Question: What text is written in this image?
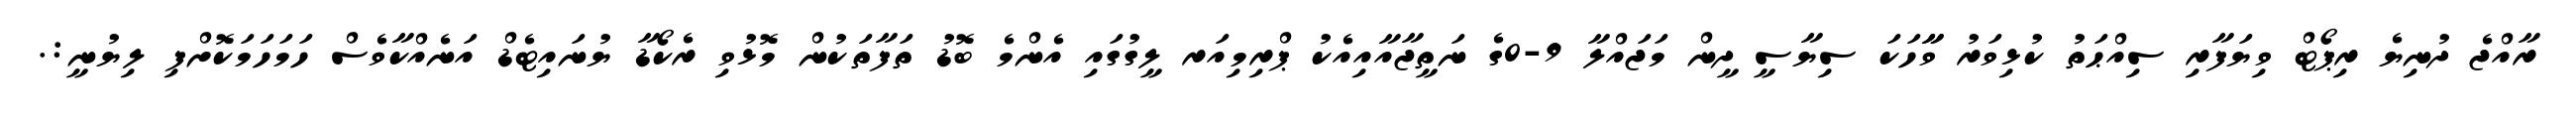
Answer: ރާއްޖެ ދުނިޔެ ރިޕޯޓް ވިޔަފާރި ސިއްޙަތު ކުޅިވަރު ވާާހަކަ ސިޔާސީ ދީން މަޖައްލާ 9-0ގެ ނަތީޖާއާއިއެކު ޕްރިމިއަރ ލީގުގައި އެންމެ ބޮޑު ތަފާތަކުން މޮޅުވި ރެކޯޑާ ޔުނައިޓެޑް އަނެއްކާވެސް ހަމަހަމަކޮށްފި ލިޔުނީ:.